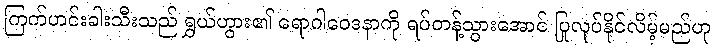
ကြက်ဟင်းခါးသီးသည် ရွှယ်ဟွား၏ ရောဂါဝေဒနာကို ရပ်တန့်သွားအောင် ပြုလုပ်နိုင်လိမ့်မည်ဟု